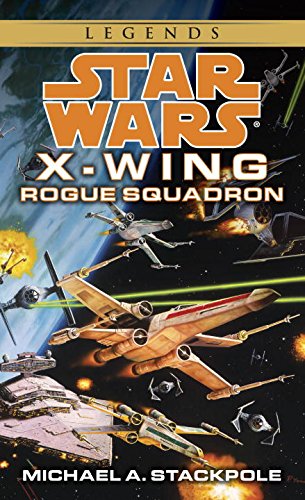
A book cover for Rogue Squadron (Star Wars: X-Wing Series, Book 1); Michael A. Stackpole; Science Fiction & Fantasy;